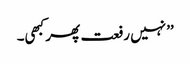
’’نہیں رفعت پھر کبھی۔